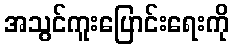
အသွင်ကူးပြောင်းရေးကို